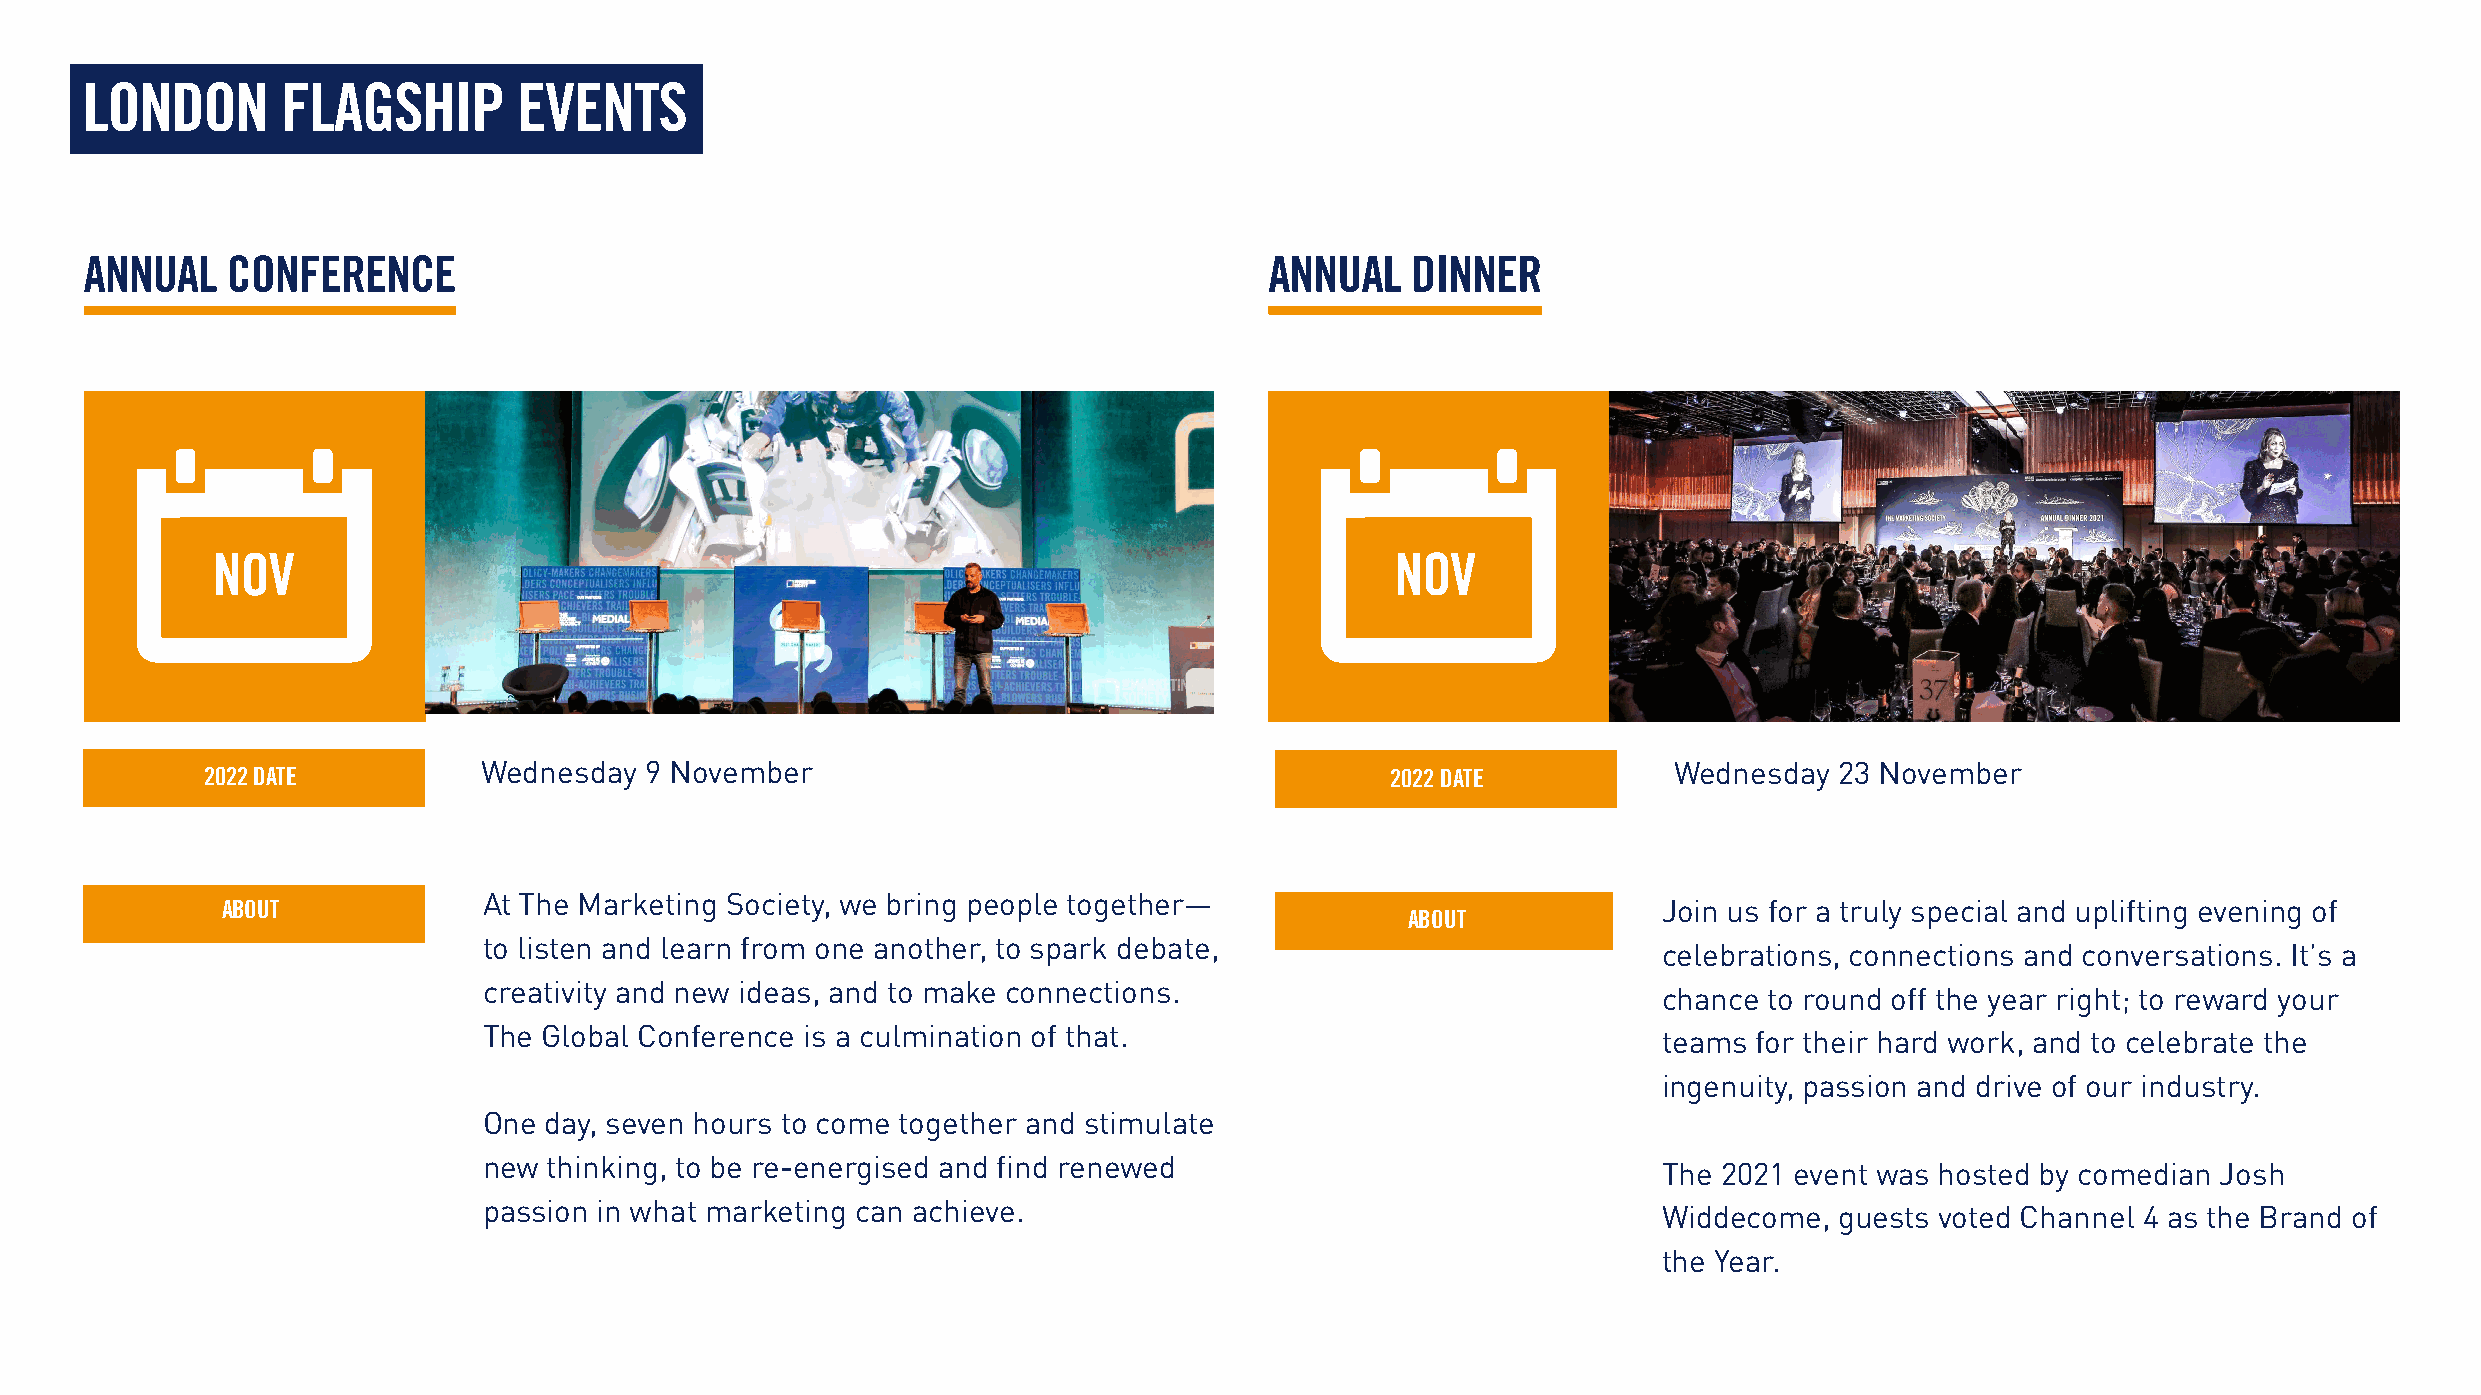
LONDON        FLAGSHIP       EVENTS
 ANNUAL   CONFERENCE                                                           ANNUAL   DINNER
 NOV                                                                           NOV
 2022 DATE         Wednesday  9 November                                       2022 DATE          Wednesday  23 November
 At The Marketing Society, we bring people together—
 ABOUT                                                                                          Join us for a truly special and uplifting evening of
 ABOUT
 to listen and learn from one another, to spark debate,
 celebrations, connections and conversations. It’s a
 creativity and new ideas, and to make connections.
 chance to round off the year right; to reward your
 The Global Conference is a culmination of that.
 teams for their hard work, and to celebrate the
 ingenuity, passion and drive of our industry.
 One day, seven hours to come together and stimulate
 new thinking, to be re-energised and find renewed
 The 2021 event was hosted by comedian Josh
 passion in what marketing can achieve.
 Widdecome,  guests voted Channel 4 as the Brand of
 the Year.